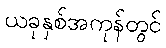
ယခုနှစ်အကုန်တွင်